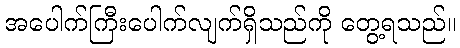
အပေါက်ကြီးပေါက်လျက်ရှိသည်ကို တွေ့ရသည်။